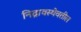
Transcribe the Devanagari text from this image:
निद्रावस्थेवतील